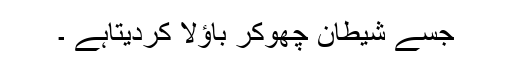
جسے شیطان چھوکر باؤلا کردیتاہے ۔